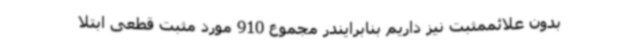
بدون علائممثبت نیز داریم بنابرایندر مجموع 910 مورد مثبت قطعی ابتلا